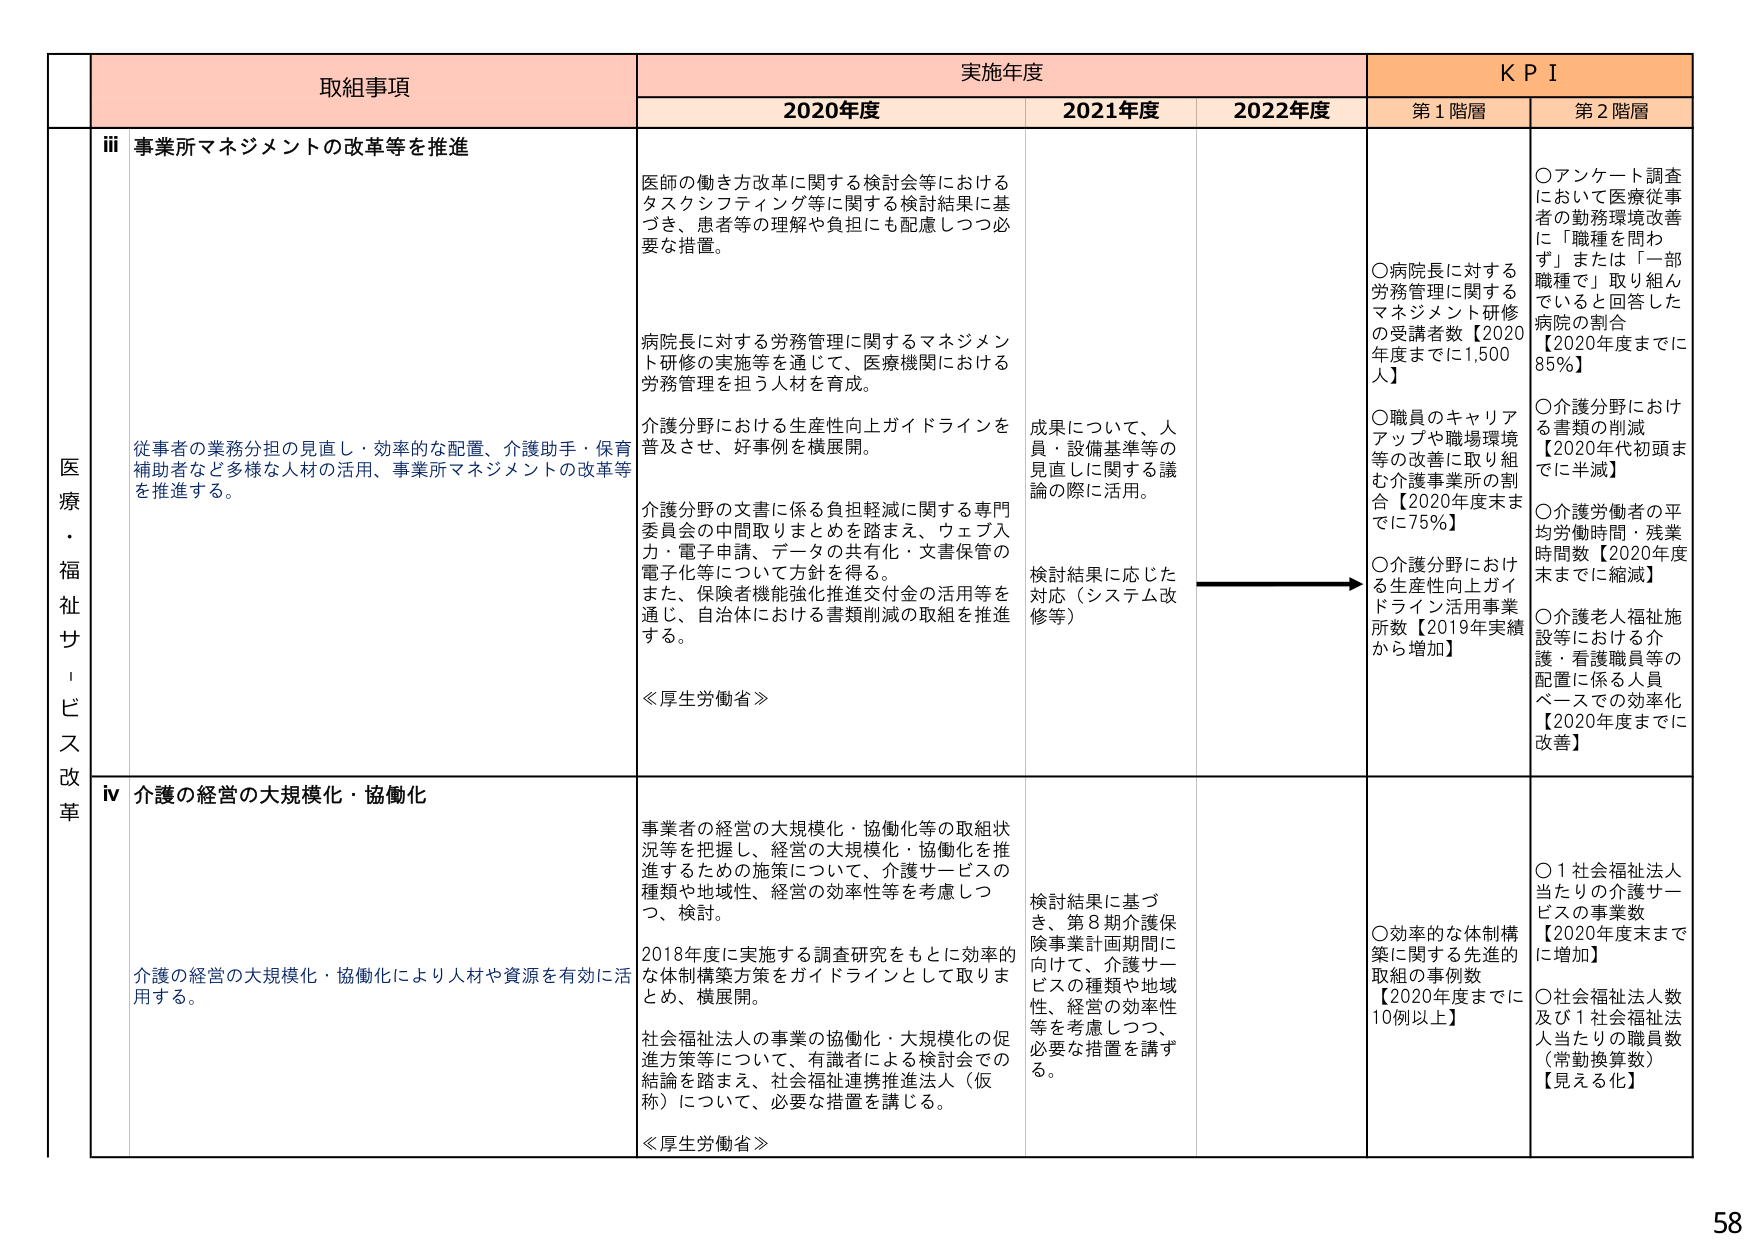
医療・福祉サービス改革

取組事項

iii 事業所マネジメントの改革等を推進

従事者の業務分担の見直し・効率的な配置、介護助手・保育補助者など多様な人材の活用、事業所マネジメントの改革等を推進する。

医師の働き方改革に関する検討会等におけるタスクシフティング等に関する検討結果に基づき、患者等の理解や負担にも配慮しつつ必要な措置。

病院長に対する労務管理に関するマネジメント研修の実施等を通じて、医療機関における労務管理を担う人材を育成。

介護分野における生産性向上ガイドラインを普及させ、好事例を横展開。

介護分野の文書に係る負担軽減に関する専門委員会の中間取りまとめを踏まえ、ウェブ入力・電子申請、データの共有化・文書保管の電子化等について方針を得る。

また、保険者機能強化推進交付金の活用等を通じ、自治体における書類削減の取組を推進する。

≪厚生労働省≫

2020年度

2021年度

2022年度

成果について、人員・設備基準等の見直しに関する議論の際に活用。

検討結果に応じた対応（システム改修）

KPI

第1階層

○病院長に対する労務管理に関するマネジメント研修の受講者数【2020年度までに1,500人】

○職員のキャリアアップや職場環境等の改善に取り組む介護事業所の割合【2020年度末までに75%】

○介護分野における生産性向上ガイドライン活用事業所数【2019年実績から増加】

第2階層

○アンケート調査において医療従事者の勤務環境改善に「職種を問わず」または「一部職種で」取り組んでいると回答した病院の割合【2020年度までに85%】

○介護分野における書類の削減【2020年代初頭までに半減】

○介護労働者の平均労働時間・残業時間数【2020年度末までに縮減】

○介護老人福祉施設等における介護・看護職員等の配置に係る人員ベースでの効率化【2020年度までに改善】

iv 介護の経営の大規模化・協働化

介護の経営の大規模化・協働化により人材や資源を有効に活用する。

事業者の経営の大規模化・協働化等の取組状況等を把握し、経営の大規模化・協働化を推進するための施策について、介護サービスの種類や地域性、経営の効率性等を考慮しつつ、検討。

2018年度に実施する調査研究をもとに効率的な体制構築方策をガイドラインとして取りまとめ、横展開。

社会福祉法人の事業の協働化・大規模化の促進方策等について、有識者による検討会での結論を踏まえ、社会福祉連携推進法人（仮称）について、必要な措置を講じる。

≪厚生労働省≫

検討結果に基づき、第8期介護保険事業計画期間に向けて、介護サービスの種類や地域性、経営の効率性等を考慮しつつ、必要な措置を講ずる。

○効率的な体制構築に関する先進的取組の事例数【2020年度までに10例以上】

○1社会福祉法人当たりの介護サービスの事業数【2020年度末までに増加】

○社会福祉法人人数及び1社会福祉法人当たりの職員数（常勤換算数）【見える化】

58